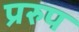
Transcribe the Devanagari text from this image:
प्ररुप